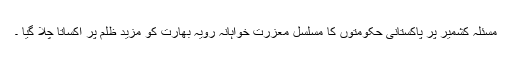
مسئلہِ کشمیر پر پاکستانی حکومتوں کا مسلسل معزرت خواہانہ رویہ بھارت کو مزید ظلم پر اکساتا چلا گیا ۔